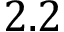
2 . 2